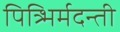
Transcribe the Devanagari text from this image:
पित्र्भिर्मदन्ती